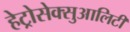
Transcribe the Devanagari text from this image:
हेट्रोसेक्सुआलिटी